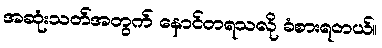
အဆုံးသတ်အတွက် နောင်တရသလို ခံစားရတယ်။